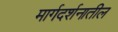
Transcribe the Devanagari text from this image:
मार्गदर्शनातील